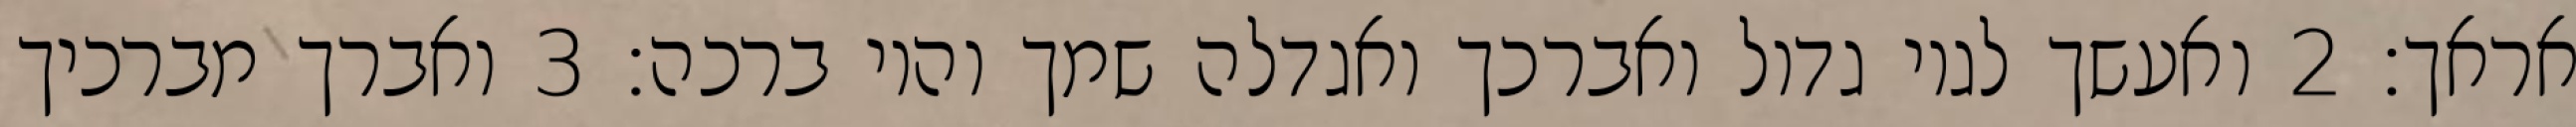
אראך׃ ‎2‏ ואעשך לגוי גדול ואברכך ואגדלה שמך והוי ברכה׃ ‎3‏ ואברך מברכיך